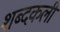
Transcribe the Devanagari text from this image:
शब्दकली